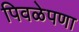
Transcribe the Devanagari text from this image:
पिवळेपणा